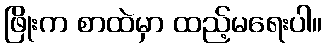
ဖြိုးက စာထဲမှာ ထည့်မရေးပါ။